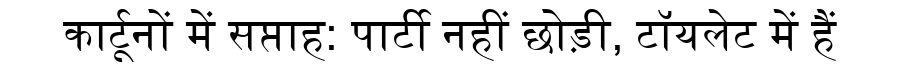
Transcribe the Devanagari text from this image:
कार्टूनों में सप्ताह: पार्टी नहीं छोड़ी, टॉयलेट में हैं